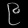
Digit: ၉